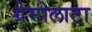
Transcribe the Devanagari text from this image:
ग्रेमोलाटा